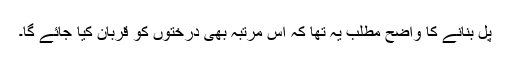
پْل بنانے کا واضح مطلب یہ تھا کہ اس مرتبہ بھی درختوں کو قربان کیا جائے گا۔